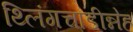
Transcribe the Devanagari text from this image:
थ्लिंगचाडीन्नेह